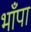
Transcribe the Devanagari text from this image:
भाँपा